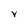
Character: V